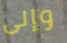
وإلى